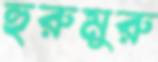
হুরুমুরু